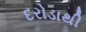
દરોડાથી